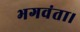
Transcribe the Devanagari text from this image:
भगवंता।